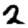
Digit: 2